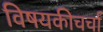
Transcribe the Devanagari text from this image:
विषयकीचर्चा